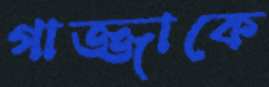
গাজ্জাকে